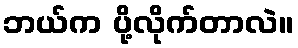
ဘယ်က ပို့လိုက်တာလဲ။